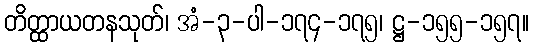
တိတ္ထာယတနသုတ်၊ အံ-၃-ပါ-၁၇၄-၁၇၅၊ ဋ္ဌ-၁၅၅-၁၅၇။